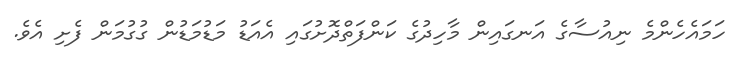
ހަމައެހެންމެ ނިއުސާގެ އަނގައިން މާހިދުގެ ކަންފަތްދޮށުގައި އެއަޑު މަޑުމަޑުން ގުގުމަން ފެށި އެވެ.